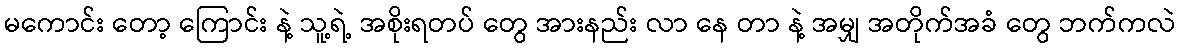
မကောင်း တော့ ကြောင်း နဲ့ သူ့ရဲ့ အစိုးရတပ် တွေ အားနည်း လာ နေ တာ နဲ့ အမျှ အတိုက်အခံ တွေ ဘက်ကလဲ